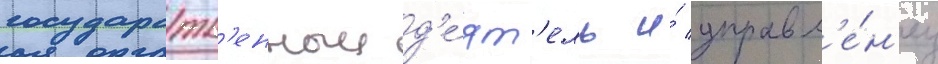
государств'енныи д'е́ят'ель и́ управл'е́н'ец